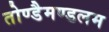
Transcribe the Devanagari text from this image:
तोण्डैमण्डलम